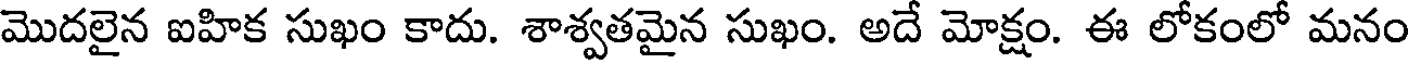
మొదలైన ఐహిక సుఖం కాదు. శాశ్వతమైన సుఖం. అదే మోక్షం. ఈ లోకంలో మనం